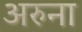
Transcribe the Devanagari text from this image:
अरुना